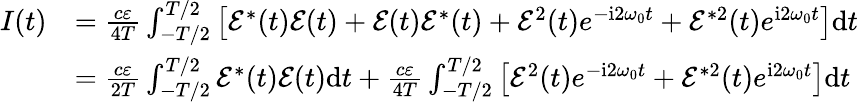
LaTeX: \begin{array}{rl}{I(t)}&{=\frac{c\varepsilon}{4T}\int_{-T/2}^{T/2}\left[\mathcal{E}^{*}(t)\mathcal{E}(t)+\mathcal{E}(t)\mathcal{E}^{*}(t)+\mathcal{E}^{2}(t)e^{-\mathrm{{i}}2\omega_{0}t}+\mathcal{E}^{*2}(t)e^{{\mathrm{i}}2\omega_{0}t}\right]\mathrm{{d}}t}\\ &{=\frac{c\varepsilon}{2T}\int_{-T/2}^{T/2}\mathcal{E}^{*}(t)\mathcal{E}(t){\mathrm{d}}t+\frac{c\varepsilon}{4T}\int_{-T/2}^{T/2}\left[\mathcal{E}^{2}(t)e^{-\mathrm{{i}}2\omega_{0}t}+\mathcal{E}^{*2}(t)e^{{\mathrm{i}}2\omega_{0}t}\right]\mathrm{{d}}t}\end{array}